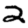
Digit: 2